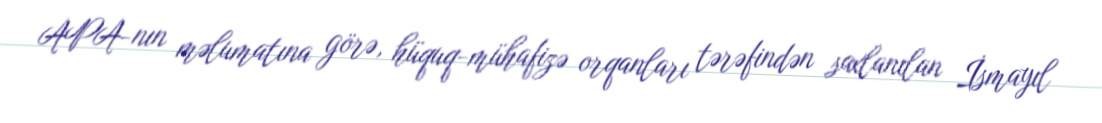
APA-nın məlumatına görə, hüquq-mühafizə orqanları tərəfindən saxlanılan İsmayıl